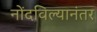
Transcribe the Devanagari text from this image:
नोंदविल्यानंतर